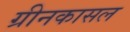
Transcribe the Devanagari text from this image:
ग्रीनकासल